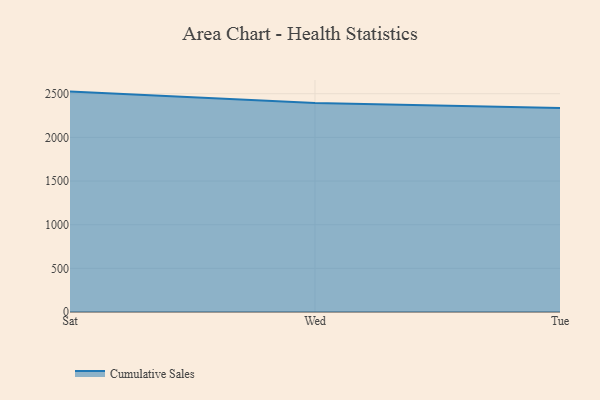
{"axis": {"x": "Day", "y": "Headcount"}, "legend": ["Cumulative Sales"], "data": [{"x": "Sat", "y": 2524.4, "type": "Cumulative Sales"}, {"x": "Wed", "y": 2394.1, "type": "Cumulative Sales"}, {"x": "Tue", "y": 2336.9, "type": "Cumulative Sales"}]}